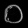
Digit: ၀